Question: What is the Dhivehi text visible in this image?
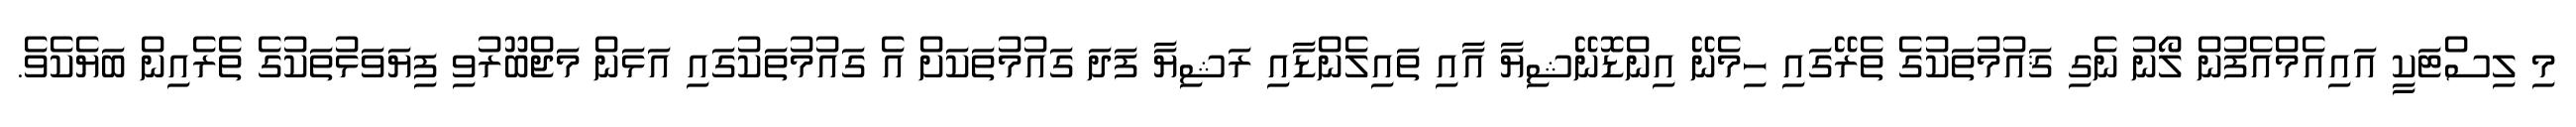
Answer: މި ލިސްޓަކީ އައިއެމްއެފުން ލޯނު ނެގި ޤައުމުތަކުގެ ތެރޭގައި ހިމެނޭ އިންޑޮނޭޝިޔާ އާއި ތައިލެންޑާއި ރަޝިޔާ ފަދަ ގައުމުތަކަށް އެ ގައުމުތަކުގައި އަޅަން މަޖްބޫރުވި ފިޔަވަޅުތަކުގެ ތެރެއިން ބަޔެކެވެ.